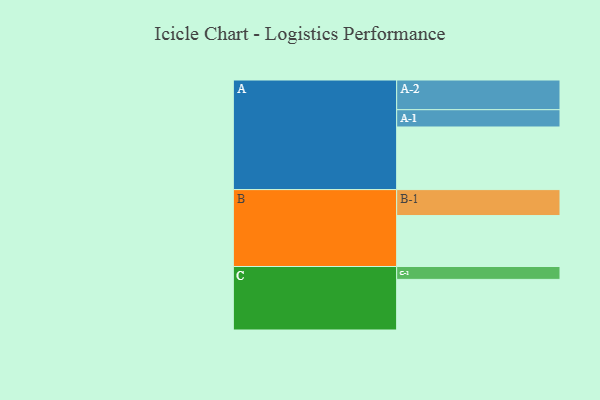
{"axis": {"x": "Segment", "y": "Value"}, "legend": ["", "A", "B", "C"], "data": [{"x": "A", "y": 569, "type": ""}, {"x": "B", "y": 463, "type": ""}, {"x": "C", "y": 460, "type": ""}, {"x": "A-1", "y": 157, "type": "A"}, {"x": "A-2", "y": 270, "type": "A"}, {"x": "B-1", "y": 236, "type": "B"}, {"x": "C-1", "y": 117, "type": "C"}]}